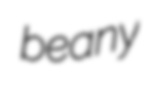
beany